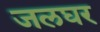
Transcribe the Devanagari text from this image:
जलघर